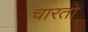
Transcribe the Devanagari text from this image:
चारतो